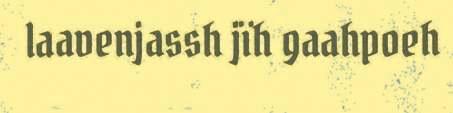
laavenjassh jïh gaahpoeh